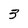
Character: 3